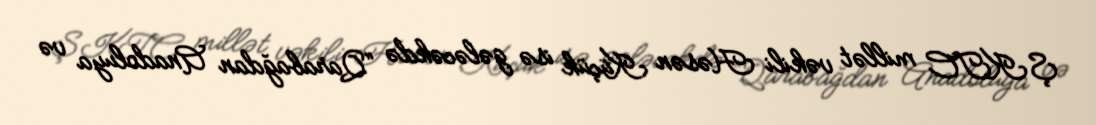
ŞKTC millət vəkili Həsən Küçük isə gələcəkdə “Qarabağdan Anadoluya və